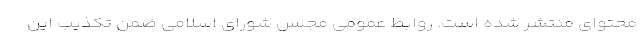
محتوای منتشر شده است. روابط عمومی مجلس شورای اسلامی ضمن تکذیب این